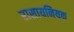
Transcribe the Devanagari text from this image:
रासायनियक